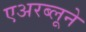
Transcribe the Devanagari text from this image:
एअरब्लूने